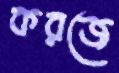
করজে